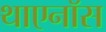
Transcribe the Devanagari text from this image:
थाएनॉस